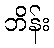
ဘိန်း